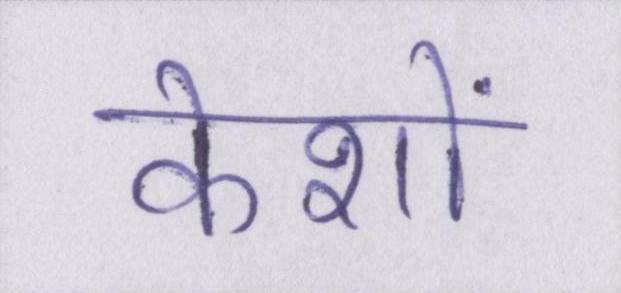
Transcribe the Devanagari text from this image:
केशों